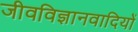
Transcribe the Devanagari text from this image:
जीवविज्ञानवादियों